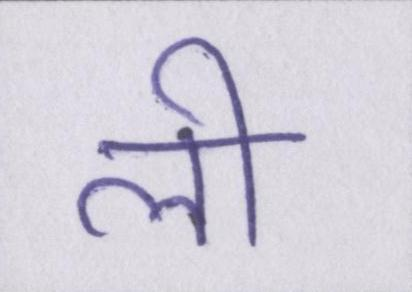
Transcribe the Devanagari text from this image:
ली